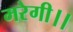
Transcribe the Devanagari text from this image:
मरेगी।।